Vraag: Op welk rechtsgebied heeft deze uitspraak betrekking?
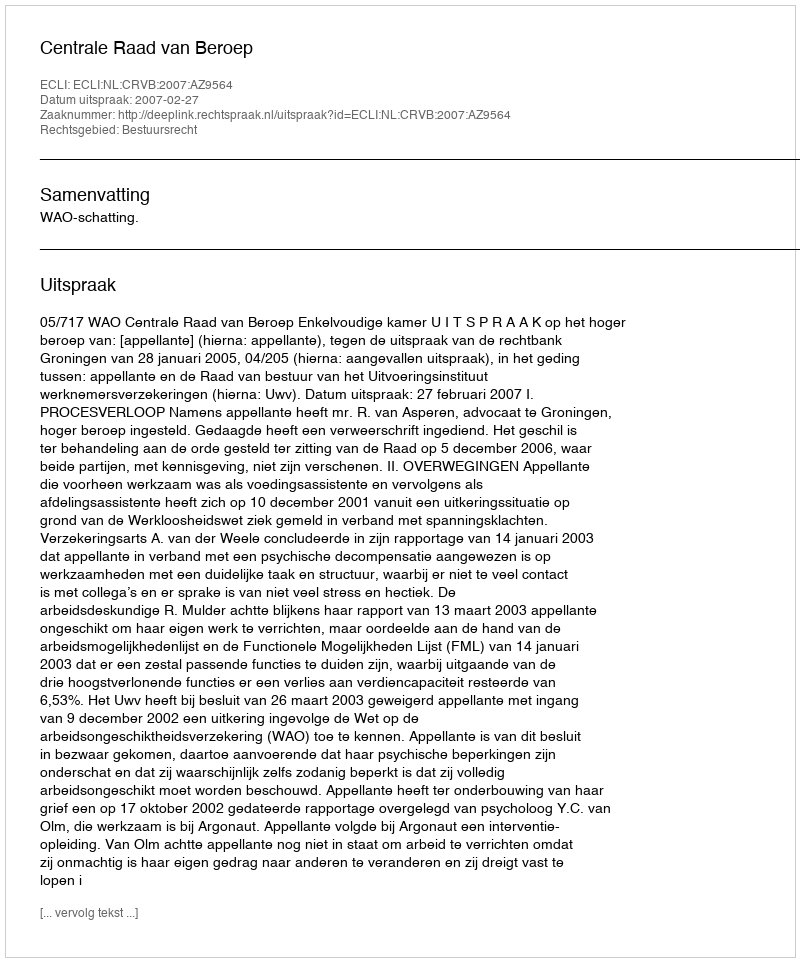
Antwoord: Bestuursrecht